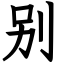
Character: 别